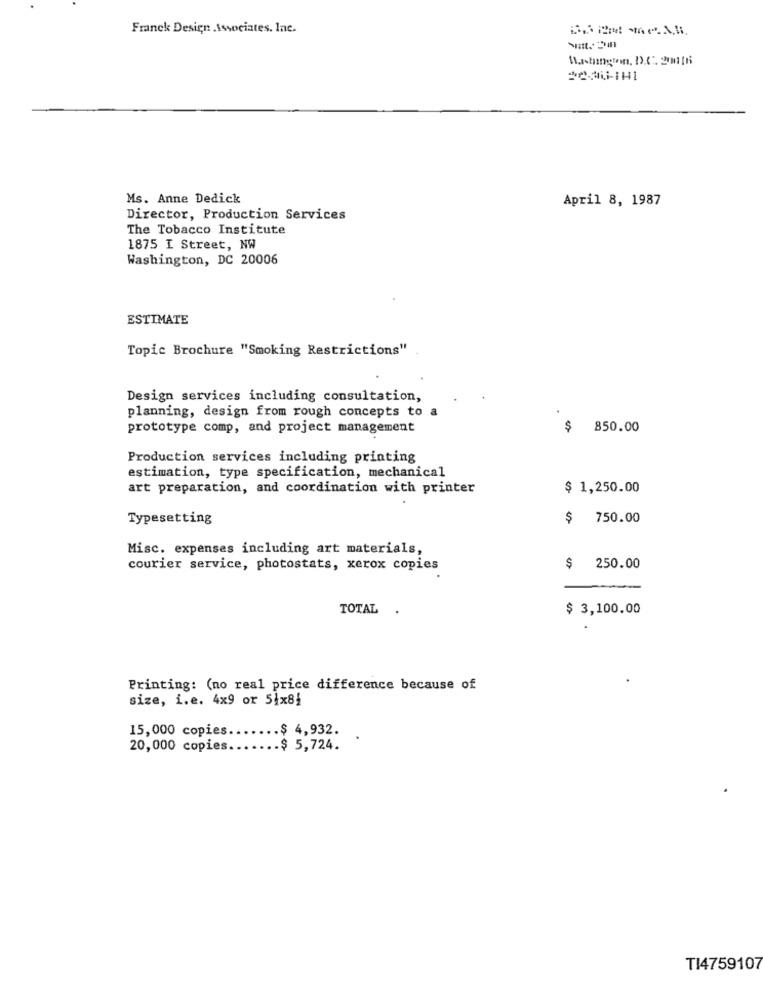
Franck Design Associates. Inc.
Ms. Anne Dedick
April 8, 1987
Director, Production Services
The Tobacco Institute
1875 I Street, NW
Washington, DC 20006
ESTIMATE
Topic Brochure "Smoking Restrictions"
Design services including consultation,
planning, design from rough concepts to a
prototype comp, and project management
$
850.00
Production services including printing
estimation, type specification, mechanical
art preparation, and coordination with printer
$ 1,250.00
Typesetting
$
750.00
Misc. expenses including art materials,
courier service, photostats, xerox copies
$
250.00
TOTAL
$ 3,100.00
Printing: (no real price difference because of
size, i.e. 4x9 or 51x81
15,000 copies
$ 4,932.
20,000 copies
$ 5,724.
TI4759107